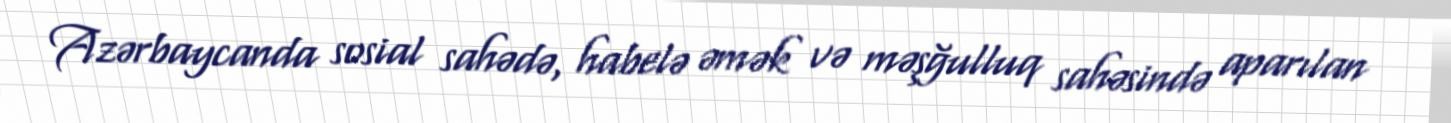
Azərbaycanda sosial sahədə, habelə əmək və məşğulluq sahəsində aparılan